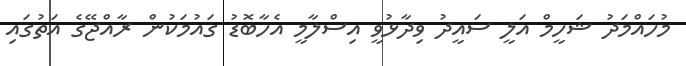
މުހައްމަދު ޝަހީމް އަލީ ސައީދު ވިދާޅުވީ އިސްލާމީ އެހާބޮޑު ގައުމަކުން ރާއްޖޭގެ އަތުގައި